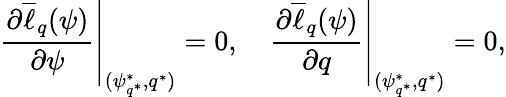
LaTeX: \left.\frac{\partial\overline{{\ell}}_{q}(\psi)}{\partial\psi}\right|_{(\psi_{q^{*}}^{*},q^{*})}=0,\quad\left.\frac{\partial\overline{{\ell}}_{q}(\psi)}{\partial q}\right|_{(\psi_{q^{*}}^{*},q^{*})}=0,